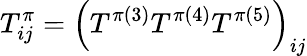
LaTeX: T_{ij}^{\pi}=\left(T^{\pi(3)}T^{\pi(4)}T^{\pi(5)}\right)_{ij}